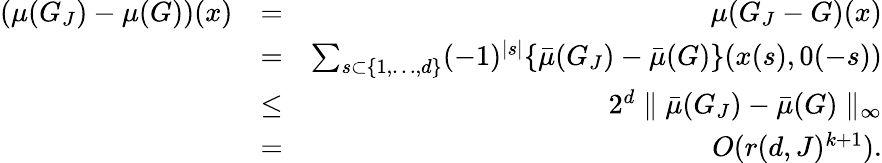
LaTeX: \begin{array}{rlr}{(\mu(G_{J})-\mu(G))(x)}&{=}&{\mu(G_{J}-G)(x)}\\ &{=}&{\sum_{s\subset\{ 1,\ldots,d\} }(-1)^{\mid s\mid}\{ \bar{\mu}(G_{J})-\bar{\mu}(G)\} (x(s),0(-s))}\\ &{\leq}&{2^{d}\parallel\bar{\mu}(G_{J})-\bar{\mu}(G)\parallel_{\infty}}\\ &{=}&{O(r(d,J)^{k+1}).}\end{array}